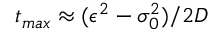
t _ { m a x } \approx ( \epsilon ^ { 2 } - \sigma _ { 0 } ^ { 2 } ) / 2 D